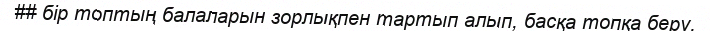
## бір топтың балаларын зорлықпен тартып алып, басқа топқа беру.